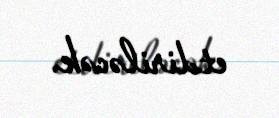
etdiriləcək.